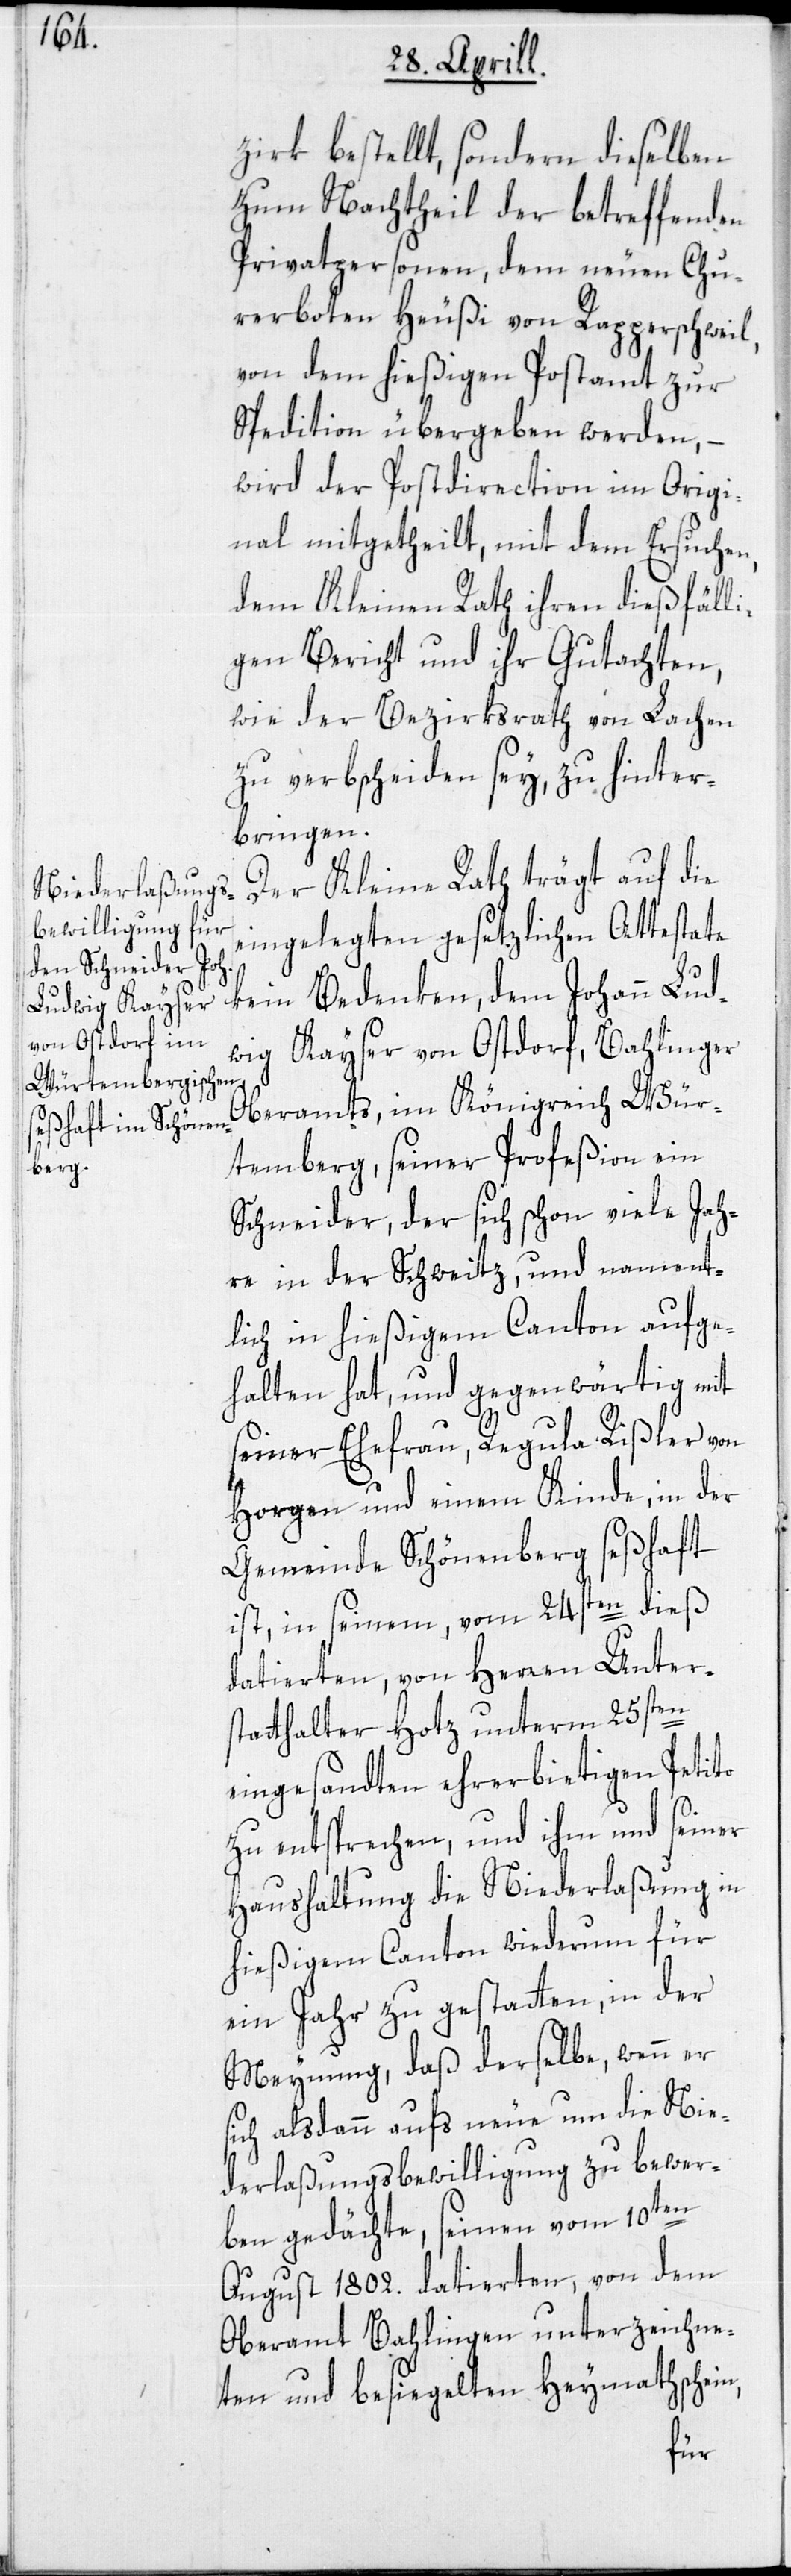
zirk bestellt, sondern dieselben
zum Nachtheil der betreffenden
Privatpersonen, dem neuen Chu¬
rerboten Heußi von Rapperschweil,
von dem hießigen Postamt zur
Spedition übergeben werden, –
wird der Postdirection im Origi¬
nal mitgetheilt, mit dem Ersuchen,
dem Kleinen Rath ihren dießfälli¬
gen Bericht und ihr Gutachten,
wie der Bezirksrath von Lachen
zu verbscheiden sey, zu hinter¬
bringen.
Der Kleine Rath trägt auf die
eingelegten gesetzlichen Attestate
kein Bedenken, dem Johann Lud¬
wig Kayser von Ostdorf, Bahlinger
Oberamts, im Königreich Wür¬
temberg, seiner Profeßion ein
Schneider, der sich schon viele Jah¬
re in der Schweitz, und nament¬
lich in hießigem Canton aufge¬
halten hat, und gegenwärtig mit
seiner Ehefrau, Regula Rißler von
Horgen und einem Kinde, in der
Gemeinde Schönenberg seßhaft
ist, in seinem, vom 24sten dieß
datierten, von Herren Unter¬
statthalter Hotz unterm 25sten
eingesandten ehrerbietigen Petito
zu entsprechen, und ihm und seiner
Haushaltung die Niederlaßung in
hießigem Canton wiederum für
ein Jahr zu gestatten, in der
Meynung, daß derselbe, wenn er
sich alsdann aufs neue um die Nie¬
derlaßungsbewilligung zu bewer¬
ben gedächte, seinen vom 10ten
August 1802. datierten, von dem
Oberamt Bahlingen unterzeichne¬
ten und besiegelten Heymathschein,